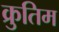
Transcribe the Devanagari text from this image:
क्रुतिम